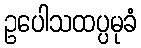
ဥပေါသထပ္ပမုခံ